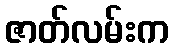
ဇာတ်လမ်းက